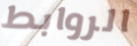
الروابط